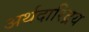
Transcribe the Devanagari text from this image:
अर्थदारिद्रय